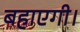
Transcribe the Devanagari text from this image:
बहाएगी।